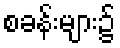
စခန်းများ၌